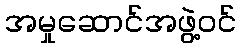
အမှုဆောင်အဖွဲ့ဝင်